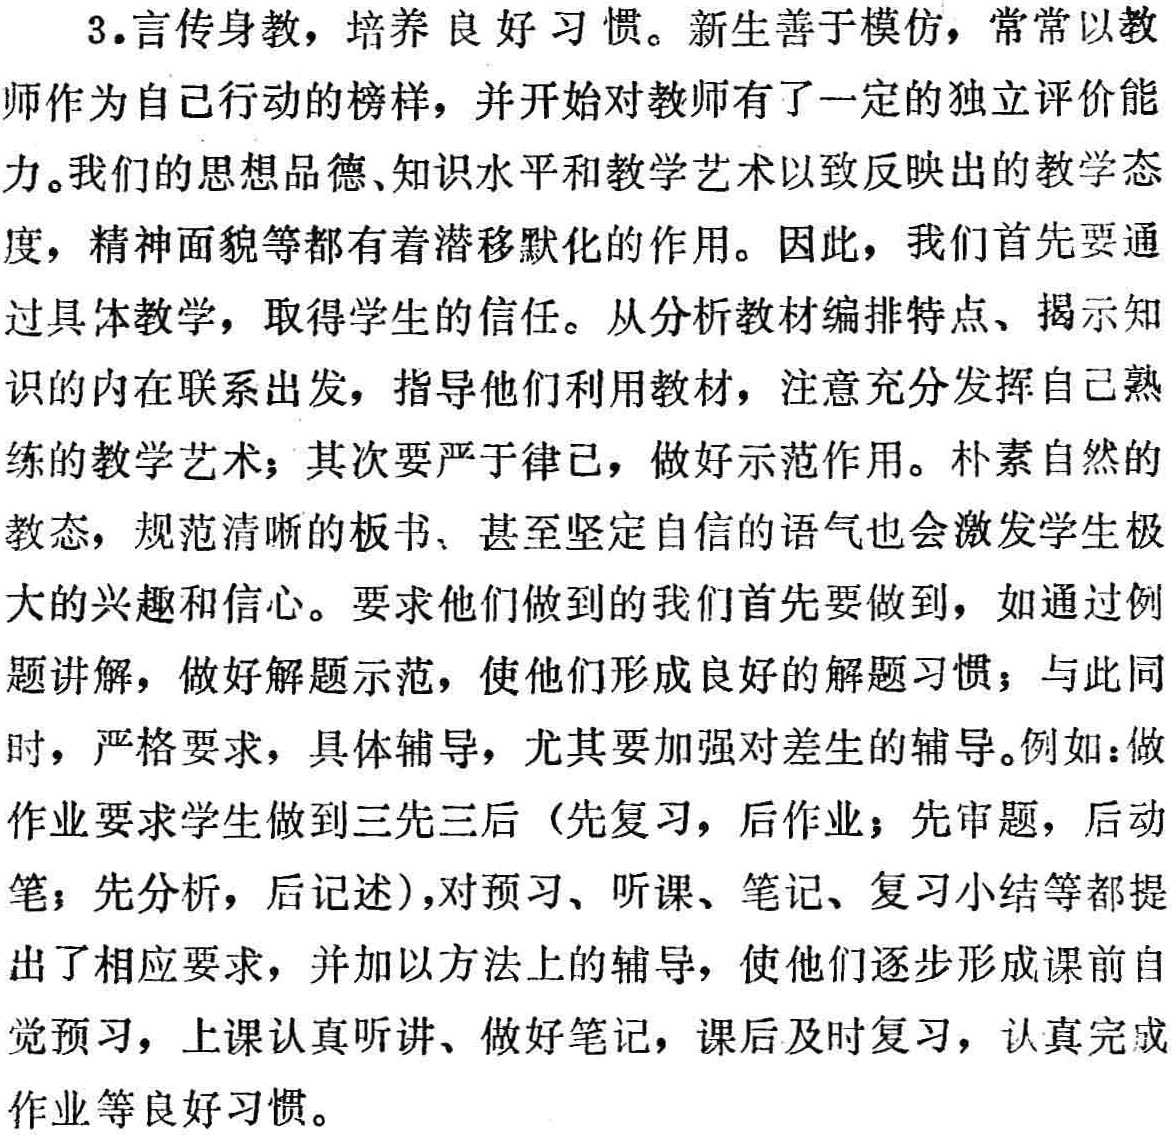
3. 言传身教，培养良好习惯。新生善于模仿，常常以教师作为自己行动的榜样，并开始对教师有了一定的独立评价能力。我们的思想品德、知识水平和教学艺术以致反映出的教学态度，精神面貌等都有着潜移默化的作用。因此，我们首先要通过具体教学，取得学生的信任。从分析教材编排特点、揭示知识的内在联系出发，指导他们利用教材，注意充分发挥自己熟练的教学艺术；其次要严于律己，做好示范作用。朴素自然的教态，规范清晰的板书、甚至坚定自信的语气也会激发学生极大的兴趣和信心。要求他们做到的我们首先要做到，如通过例题讲解，做好解题示范，使他们形成良好的解题习惯；与此同时，严格要求，具体辅导，尤其要加强对差生的辅导。例如：做作业要求学生做到三先三后（先复习，后作业；先审题，后动笔；先分析，后记述），对预习、听课、笔记、复习小结等都提出了相应要求，并加以方法上的辅导，使他们逐步形成课前自觉预习，上课认真听讲、做好笔记，课后及时复习，认真完成作业等良好习惯。